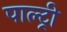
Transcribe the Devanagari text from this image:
पाल्ट्री